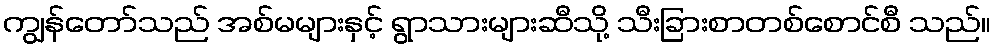
ကျွန်တော်သည် အစ်မများနှင့် ရွာသားများဆီသို့ သီးခြားစာတစ်စောင်စီ သည်။